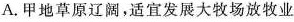
A.甲地草原辽阔，适宜发展大牧场放牧业